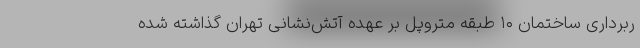
ربرداری ساختمان ۱۰ طبقه متروپل بر عهده آتش‌نشانی تهران گذاشته شده